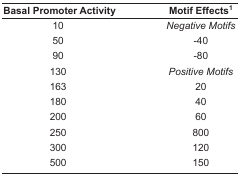
| Basal Promoter Activity | Motif Effects1 |
 | --- | --- |
 | 10 | Negative Motifs |
 | 50 | −40 |
 | 90 | −80 |
 | 130 | Positive Motifs |
 | 163 | 20 |
 | 180 | 40 |
 | 200 | 60 |
 | 250 | 800 |
 | 300 | 120 |
 | 500 | 150 |